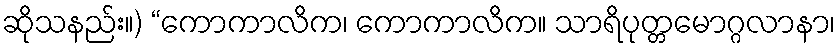
ဆိုသနည်း။) “ကောကာလိက၊ ကောကာလိက။ သာရိပုတ္တမောဂ္ဂလာနာ၊